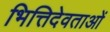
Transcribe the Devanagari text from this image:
भित्तिदेवताओं